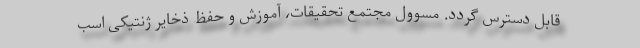
قابل دسترس گردد. مسوول مجتمع تحقیقات، آموزش و حفظ ذخایر ژنتیکی اسب